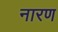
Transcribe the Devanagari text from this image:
नारण